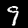
Digit: 9